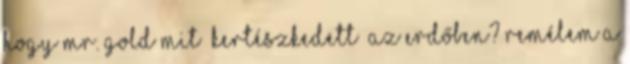
hogy Mr. Gold mit “kertészkedett” az erdőben? Remélem a